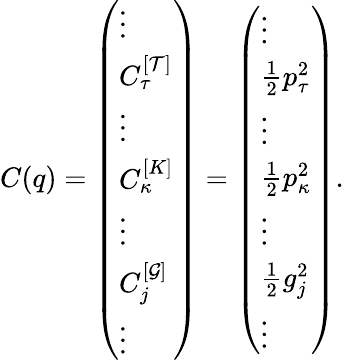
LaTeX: C(q)=\left(\begin{array}{l}{\vdots}\\ {C_{\tau}^{[\mathcal{T}]}}\\ {\vdots}\\ {C_{\kappa}^{[K]}}\\ {\vdots}\\ {C_{j}^{[\mathcal{G}]}}\\ {\vdots}\end{array}\right)=\left(\begin{array}{l}{\vdots}\\ {\frac{1}{2}p_{\tau}^{2}}\\ {\vdots}\\ {\frac{1}{2}p_{\kappa}^{2}}\\ {\vdots}\\ {\frac{1}{2}g_{j}^{2}}\\ {\vdots}\end{array}\right).